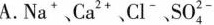
A.Na^{+}、Ca^{2+}、Cl^{-}、SO_{4}^{2-}